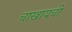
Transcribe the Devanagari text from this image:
चाखायची